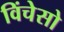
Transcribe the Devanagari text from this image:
विंचेसो